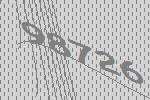
98726